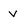
Character: v